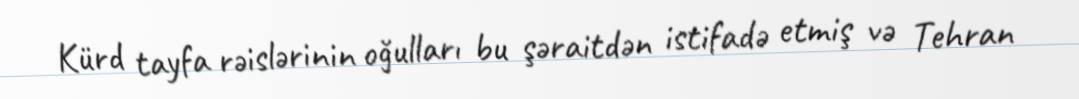
Kürd tayfa rəislərinin oğulları bu şəraitdən istifadə etmiş və Tehran